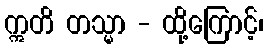
ဣတိ တသ္မာ - ထို့ကြောင့်၊